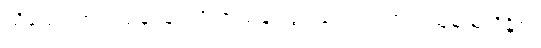
သို့သော် ဘယ်ယုန် မြင်လို့ ဘယ်ချုံထွင်ခြင်းလဲ၊ ဘယ်သူမှ မသိနိုင်။